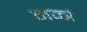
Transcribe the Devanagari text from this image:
मन्त्रं